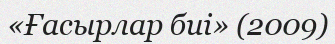
«Ғасырлар биі» (2009)